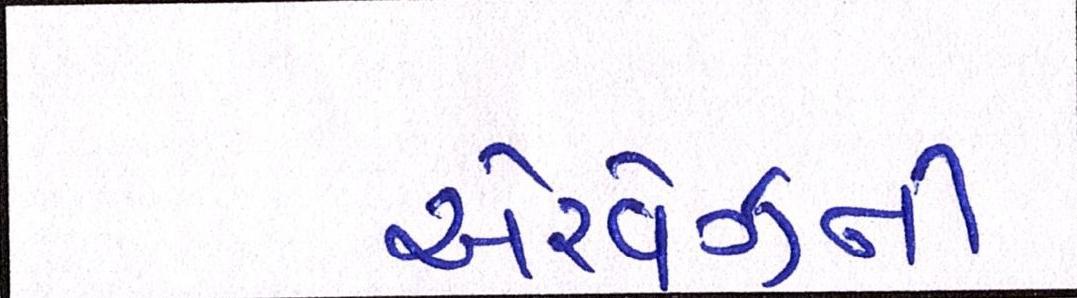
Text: એરવેઝની